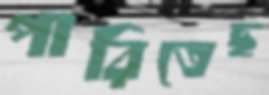
পারিতেছ